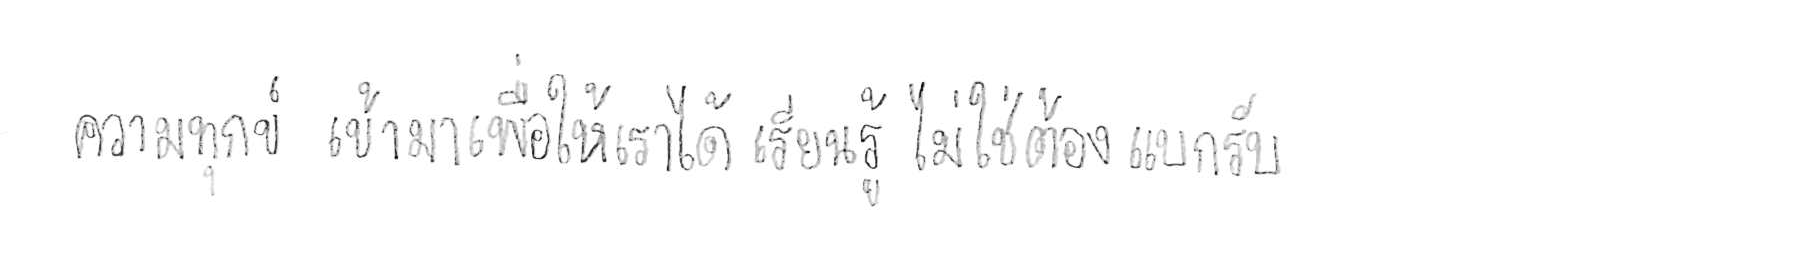
ความทุกข์ เข้ามาเพื่อให้เราได้ เรียนรู้ ไม่ใช่ต้อง แบกรับ